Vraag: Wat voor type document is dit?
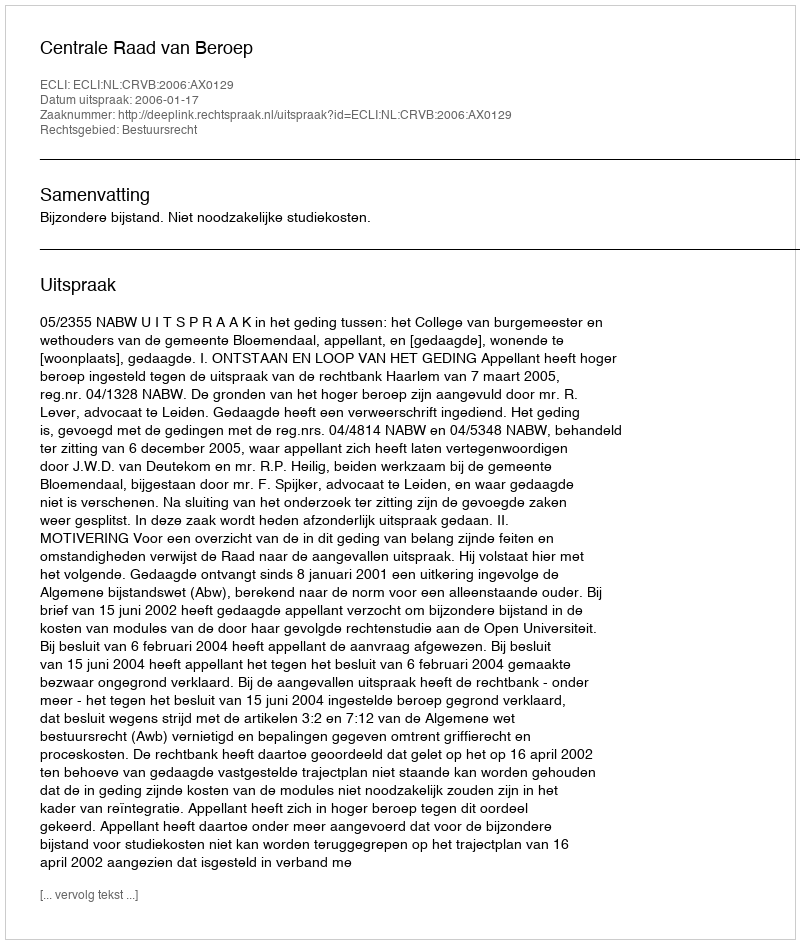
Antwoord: Uitspraak